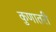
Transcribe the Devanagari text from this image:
कुणातरी